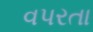
વપરતા